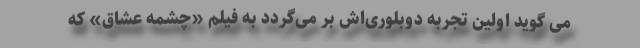
می گوید اولین تجربه دوبلور‌ی‌اش بر می‌گردد به فیلم «چشمه عشاق» که